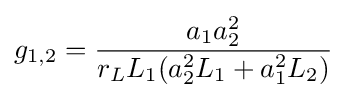
g_{1,2}={\frac {a_{1}a_{2}^{2}}{r_{L}L_{1}(a_{2}^{2}L_{1}+a_{1}^{2}L_{2})}}